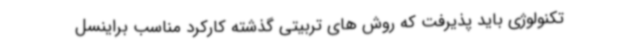
تکنولوژی باید پذیرفت که روش های تربیتی گذشته کارکرد مناسب براینسل